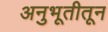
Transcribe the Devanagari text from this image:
अनुभूतीतून